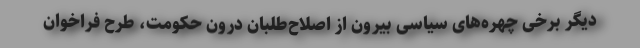
دیگر برخی چهره‌های سیاسی بیرون از اصلاح‌طلبان درون حکومت، طرح فراخوان